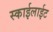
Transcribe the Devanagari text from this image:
स्काईलाईट